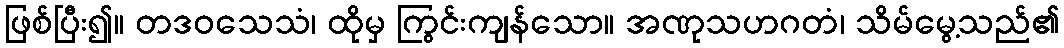
ဖြစ်ပြီး၍။ တဒဝသေသံ၊ ထိုမှ ကြွင်းကျန်သော။ အဏုသဟဂတံ၊ သိမ်မွေ့သည်၏